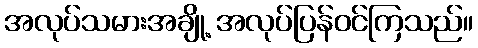
အလုပ်သမားအချို့ အလုပ်ပြန်ဝင်ကြသည်။